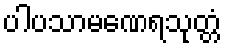
ပါပသာမဏေရသုတ္တံ